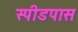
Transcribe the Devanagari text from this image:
स्पीडपास